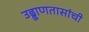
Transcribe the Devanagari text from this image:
उड्डाणतासांची